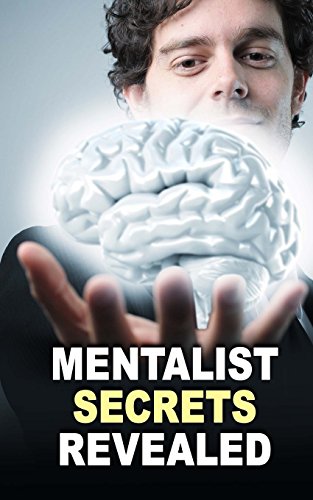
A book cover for Mentalist Secrets Revealed: The Book Mentalists Don?t Want You To See!; The Masked Mentalist; Humor & Entertainment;